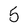
Character: 5